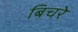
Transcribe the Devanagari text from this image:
बिचरे